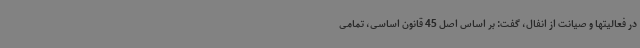
در فعالیتها و صیانت از انفال، گفت: بر اساس اصل 45 قانون اساسی، تمامی